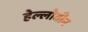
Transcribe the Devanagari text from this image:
हेल्लोवीन